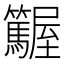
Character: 𡳽